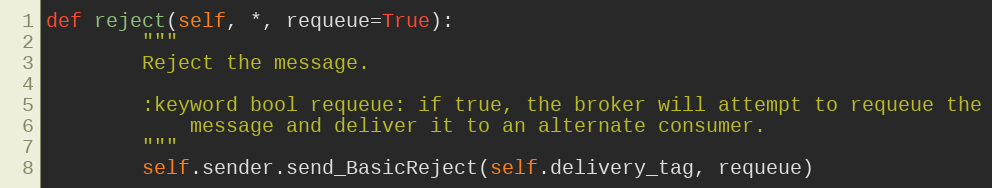
Language: Python
def reject(self, *, requeue=True):
        """
        Reject the message.

        :keyword bool requeue: if true, the broker will attempt to requeue the
            message and deliver it to an alternate consumer.
        """
        self.sender.send_BasicReject(self.delivery_tag, requeue)